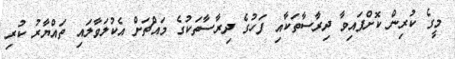
މީގެ ކުރިން ކޮށްފައިވާ ދިރާސާތަކާއި ފަހުގެ ދިރާސާތަކުގެ މައްޗަށް އެކުލަވާލައި ތައްޔާރު ކުރި